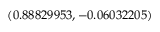
( 0 . 8 8 8 2 9 9 5 3 , - 0 . 0 6 0 3 2 2 0 5 )